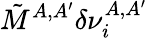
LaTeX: \tilde{M}^{A,A^{\prime}}\delta\nu_{i}^{A,A^{\prime}}